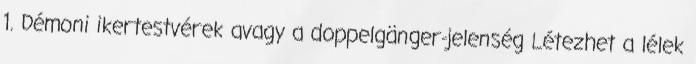
1. Démoni ikertestvérek avagy a doppelgänger-jelenség Létezhet a lélek